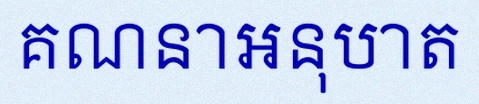
គណនាអនុបាត